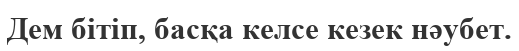
Дем бітіп, басқа келсе кезек нәубет.